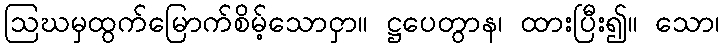
ဩဃမှထွက်မြောက်စိမ့်သောငှာ။ ဋ္ဌပေတွာန၊ ထားပြီး၍။ သော၊